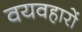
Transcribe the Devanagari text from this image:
वयवहारों